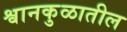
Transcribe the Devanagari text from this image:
श्वानकुळातील